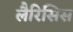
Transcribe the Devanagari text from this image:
लैरिसिस